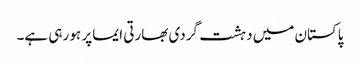
پاکستان میں دہشت گردی بھارتی ایما پر ہو رہی ہے۔